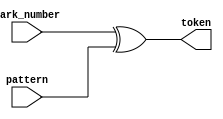
`timescale 1 ns/1 ns
module token_production(
 park_number,
 pattern,
 token);
    input [2:0] park_number;
    input [2:0] pattern;
    output [2:0] token;
    assign token = park_number ^ pattern;
endmodule